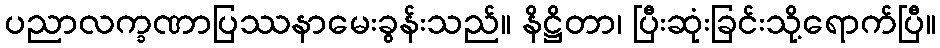
ပညာလက္ခဏာပြဿနာမေးခွန်းသည်။ နိဋ္ဌိတာ၊ ပြီးဆုံးခြင်းသို့ရောက်ပြီ။